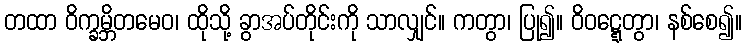
တထာ ဝိက္ခမ္ဘိတမေဝ၊ ထိုသို့ ခွာအပ်တိုင်းကို သာလျှင်။ ကတွာ၊ ပြု၍။ ဝိဝဋ္ဋေတွာ၊ နစ်စေ၍။